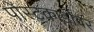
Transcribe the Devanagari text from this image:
पोस्टकार्डांवर